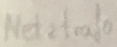
Text: Netztrafo